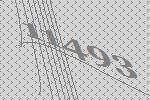
11493